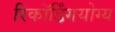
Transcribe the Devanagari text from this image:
रिकॉर्डिंगयोग्य